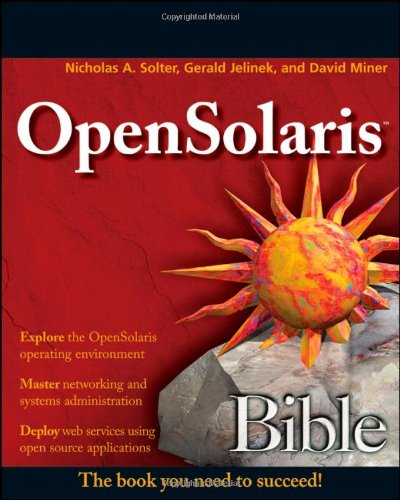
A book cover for OpenSolaris Bible; Nicholas A. Solter; Computers & Technology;